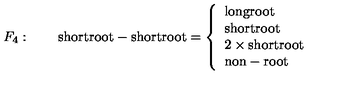
F _ { 4 } : \qquad \mathrm { s h o r t r o o t } - \mathrm { s h o r t r o o t } = \left\{ \begin{array} { l } { \mathrm { l o n g r o o t } } \\ { \mathrm { s h o r t r o o t } } \\ { 2 \times \mathrm { s h o r t r o o t } } \\ { \mathrm { n o n - r o o t } } \\ \end{array} \right.